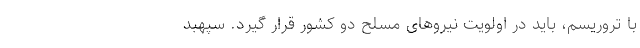
با تروریسم، باید در اولویت نیروهای مسلح دو کشور قرار گیرد. سپهبد